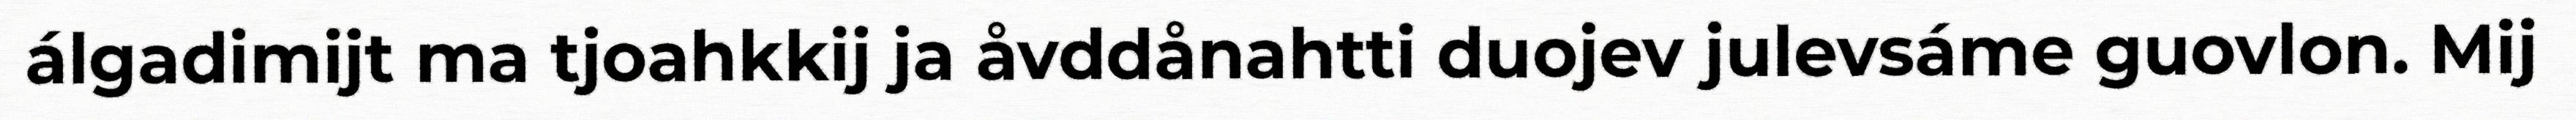
álgadimijt ma tjoahkkij ja åvddånahtti duojev julevsáme guovlon. Mij